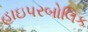
હાઇપરબોલિક